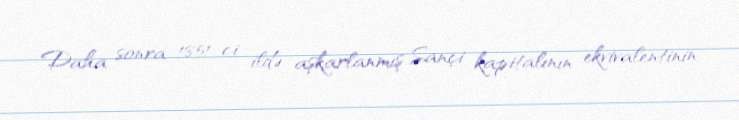
Daha sonra 1851-ci ildə aşkarlanmış Sançi kapitalının ekvivalentinin